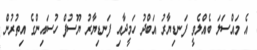
އެ މައްސަލަ ބެއްލެވީ ފަނޑިޔާރު އަބްދު ހަމީދާއި ފަނޑިޔާރު ޔޫސުފް ހުސައިންގެ އިތުރުން